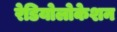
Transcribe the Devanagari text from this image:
रेडियोलोकेशन